Vaccination Hyderabad 1872-1889 - 1872-1889
Year: 1872
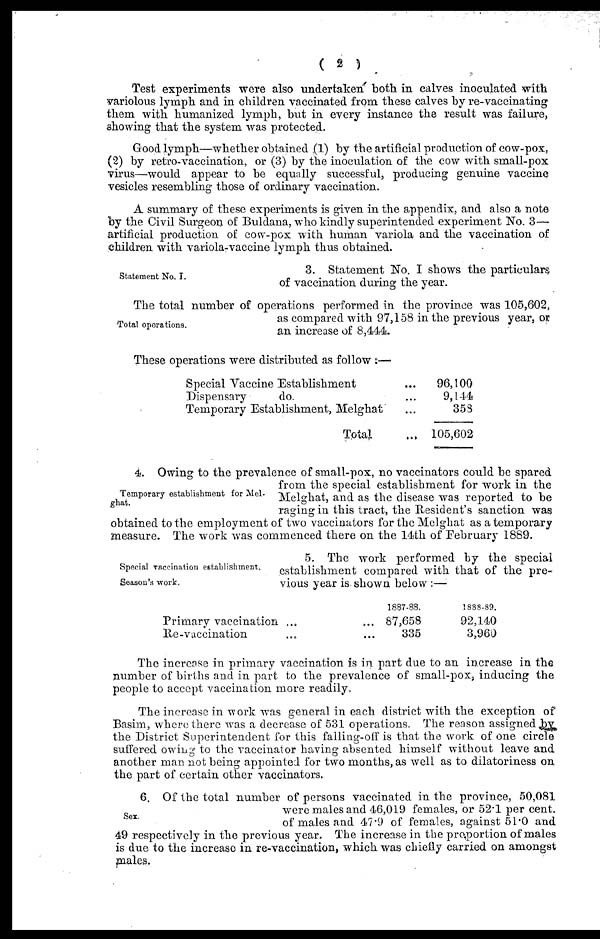
( 2 )
Test experiments were also undertaken both in calves inoculated with
variolous lymph and in children vaccinated from these calves by re-vaccinating
them with humanized lymph, but in every instance the result was failure,
showing that the system was protected.
Good lymph—whether obtained (1) by the artificial production of cow-pox,
(2) by retro-vaccination, or (3) by the inoculation of the cow with small-pox
virus—would appear to be equally successful, producing genuine vaccine
vesicles resembling those of ordinary vaccination.
A summary of these experiments is given in the appendix, and also a note
by the Civil Surgeon of Buldana, who kindly superintended experiment No. 3—
artificial production of cow-pox with human variola and the vaccination of
children with variola- vaccine lymph thus obtained.
Statement No. I.
3. Statement No. I shows the particulars
of vaccination during the year.
Total operations.
The total number of operations performed in the province was 105,602,
as compared with 97,158 in the previous year, or
an increase of 8,444.
These operations were distributed as follow :—
Special Vaccine Establishment ...
Dispensary
do.
...
Temporary Establishment, Melghat ...
Total ...
96,100
9,144.
353
105,602
Temporary establishment for Mel¬
ghat.
4. Owing to the prevalence of small-pox, no vaccinators could be spared
from the special establishment for work in the
Melghat, and as the disease was reported to be
raging in this tract, the Resident's sanction was
obtained to the employment of two vaccinators for the Melghat as a temporary
measure. The work was commenced there on the 14th of February 1889.
Special vaccination establishment.
Season's work.
5. The work performed by the special
establishment compared with that of the pre-
vious year is shown below :—
Primary vaccination ... ...
Re-vaccination ... ...
1887-88.
87,658
335
1888-89.
92,140
3,960
The increase in primary vaccination is in part due to an increase in the
number of births and in part to the prevalence of small-pox, inducing the
people to accept vaccination more readily.
The increase in work was general in each district with the exception of
Basim, where there was a decrease of 531 operations. The reason assigned by
the District Superintendent for this falling-off is that the work of one circle
suffered owing to the vaccinator having absented himself without leave and
another man not being appointed for two months, as well as to dilatoriness on
the part of certain other vaccinators.
Sex.
6. Of the total number of persons vaccinated in the province, 50,081
were males and 46,019 females, or 52.1 per cent.
of males and 47.9 of females, against 51.0 and
49 respectively in the previous year. The increase in the proportion of males
is due to the increase in re-vaccination, which was chiefly carried on amongst
males.